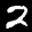
Label: 2